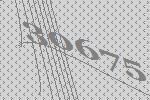
30675